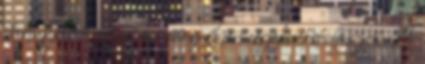
startupjai - ezért éri meg ilyen cégeknél dolgozni A